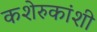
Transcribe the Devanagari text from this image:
कशेरुकांशी